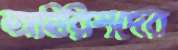
আইরিশদের